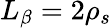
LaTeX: L_{\beta}=2\rho_{s}